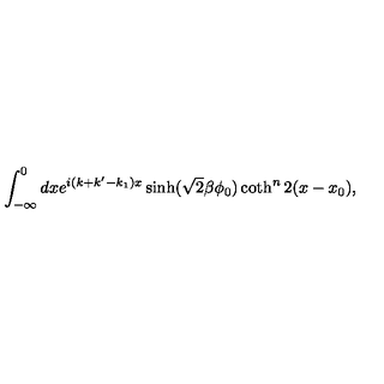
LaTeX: \int _ { - \infty } ^ { 0 } d x e ^ { i ( k + k ^ { \prime } - k _ { 1 } ) x } \sinh ( \sqrt { 2 } \beta \phi _ { 0 } ) \coth ^ { n } 2 ( x - x _ { 0 } ) ,